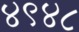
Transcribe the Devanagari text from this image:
४९४८